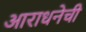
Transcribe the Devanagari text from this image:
आराधनेची